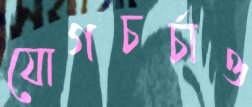
যোগচর্চাও